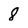
Character: 8